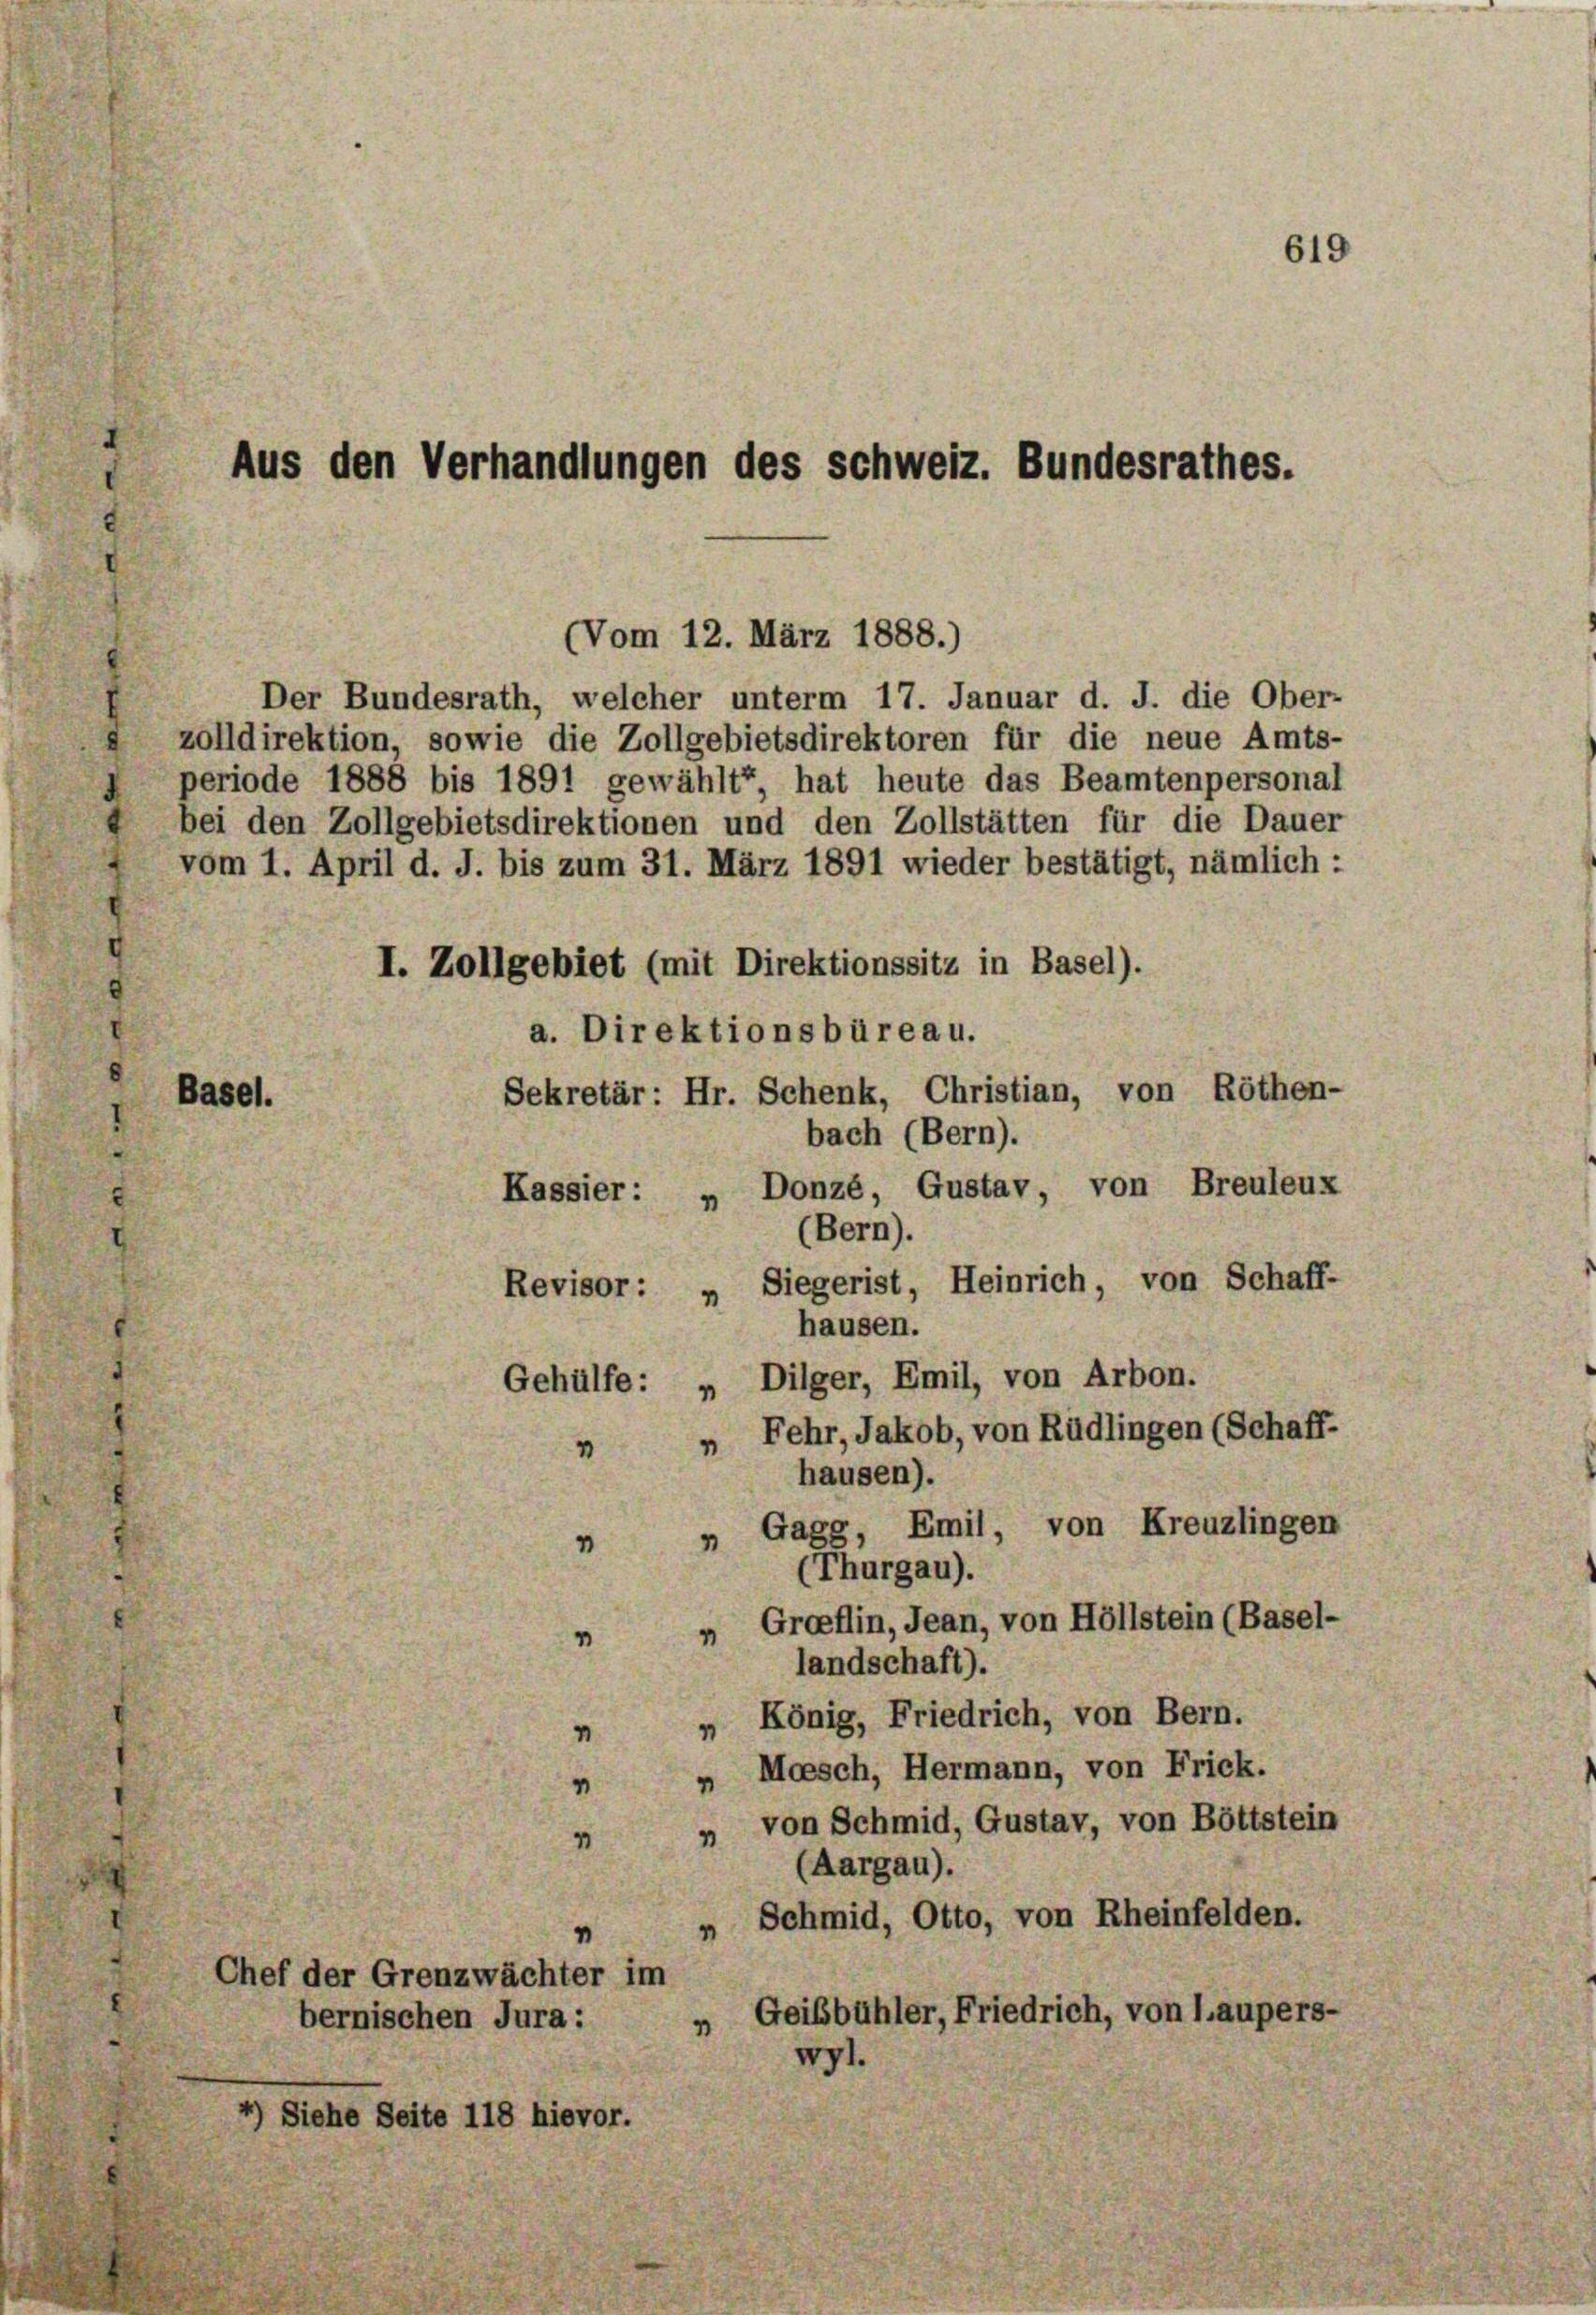
Der Bundesrath, welcher unterm 17. Januar d. J. die Ober-
zolldirektion, sowie die Zollgebietsdirektoren für die neue Amts-
periode 1888 bis 1891 gewählt“ hat heute das Beamtenpersonal
bei den Zollgebietsdirektionen und den Zollstätten für die Dauer
vom 1. April d. J. bis zum 31. März 1891 wieder bestätigt, nämlich :
I. Zollgebiet (mit Direktionssitz in Basel).
a. Direktionsbüreau.
Sekretär: Hr. Schenk, Christian, von Röthen-
bach (Bern).
Kassier: „ Donzé, Gustav, von Breuleux
(Bern).
Revisor: „ Siegerist, Heinrich, von Schaff-
hausen.
Gehülfe: „Dilger, Emil, von Arbon.
„ Fehr, Jakob, von Rüdlingen (Schaff-
hausen).
„ Gagg, Emil, von Kreuzlingen
(Thurgau).
„ Groflin, Jean, von Höllstein (Basel-
landschaft).
„ König, Friedrich, von Bern.
Moesch, Hermann, von Frick.
„ von Schmid, Gustav, von Böttstein
(Aargau).
„ Schmid, Otto, von Rheinfelden.
Chef der Grenzwächter im
„Geibbühler, Friedrich, von Laupers-
bernischen Jura:
wyl.
4) Siehe Seite 118 hievor.

Aus den Verhandlungen des Schweiz. Bundesrathes.

Basel.

619

(Vom 12. März 1888.)